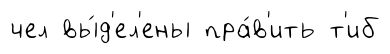
чел вы́д'ел'ены пра́в'ить т'иб